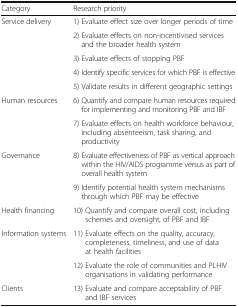
<table><thead><tr><td><b>Category</b></td><td><b>Research priority</b></td></tr></thead><tbody><tr><td rowspan="5">Service delivery</td><td>1) Evaluate effect size over longer periods of time</td></tr><tr><td>2) Evaluate effects on non-incentivised services and the broader health system</td></tr><tr><td>3) Evaluate effects of stopping PBF</td></tr><tr><td>4) Identify specific services for which PBF is effective</td></tr><tr><td>5) Validate results in different geographic settings</td></tr><tr><td rowspan="2">Human resources</td><td>6) Quantify and compare human resources required for implementing and monitoring PBF and IBF</td></tr><tr><td>7) Evaluate effects on health workforce behaviour, including absenteeism, task sharing, and productivity</td></tr><tr><td rowspan="2">Governance</td><td>8) Evaluate effectiveness of PBF as vertical approach within the HIV/AIDS programme versus as part of overall health system</td></tr><tr><td>9) Identify potential health system mechanisms through which PBF may be effective</td></tr><tr><td>Health financing</td><td>10) Quantify and compare overall cost, including schemes and oversight, of PBF and IBF</td></tr><tr><td rowspan="2">Information systems</td><td>11) Evaluate effects on the quality, accuracy, completeness, timeliness, and use of data at health facilities</td></tr><tr><td>12) Evaluate the role of communities and PLHIV organisations in validating performance</td></tr><tr><td>Clients</td><td>13) Evaluate and compare acceptability of PBF and IBF services</td></tr></tbody></table>